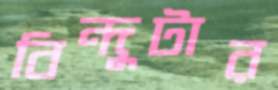
বিন্দুটার